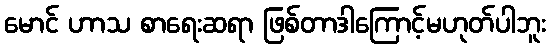
မောင် ဟာသ စာရေးဆရာ ဖြစ်တာဒါကြောင့်မဟုတ်ပါဘူး